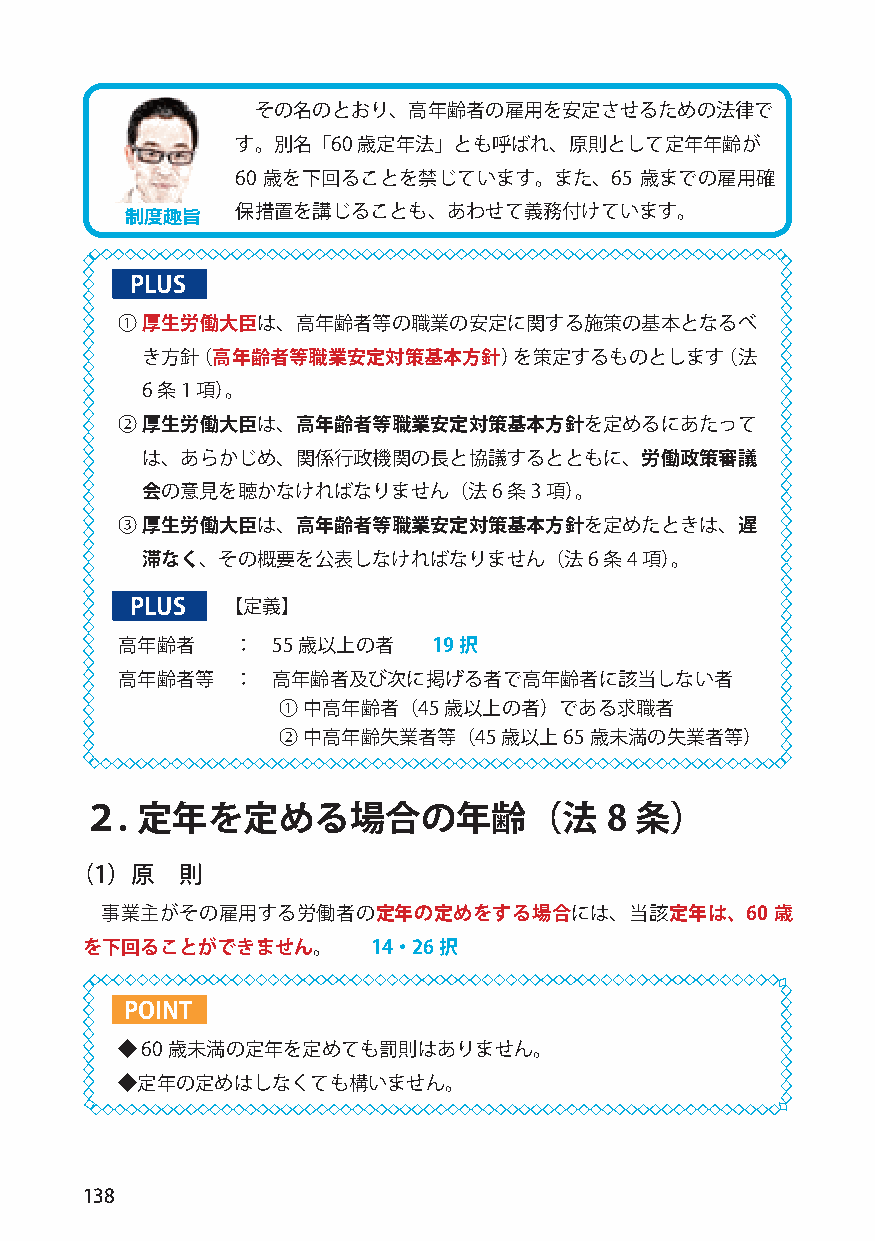
その名のとおり、高年齢者の雇用を安定させるための法律で
 す。別名「60 歳定年法」とも呼ばれ、原則として定年年齢が
 60 歳を下回ることを禁じています。また、65   歳までの雇用確
 保措置を講じることも、あわせて義務付けています。
 制度趣旨
 PLUS
 ① 厚生労働大臣は、高年齢者等の職業の安定に関する施策の基本となるべ
 き方針（高年齢者等職業安定対策基本方針）を策定するものとします（法
 6 条1 項）。
 ② 厚生労働大臣は、高年齢者等職業安定対策基本方針を定めるにあたって
 は、あらかじめ、関係行政機関の長と協議するとともに、労働政策審議
 会の意見を聴かなければなりません（法6      条3 項）。
 ③ 厚生労働大臣は、高年齢者等職業安定対策基本方針を定めたときは、遅
 滞なく、その概要を公表しなければなりません（法6       条4 項）。
 PLUS  【定義】
 高年齢者   ：  55歳以上の者    19択
 高年齢者等  ：  高年齢者及び次に掲げる者で高年齢者に該当しない者
 ① 中高年齢者（45 歳以上の者）である求職者
 ② 中高年齢失業者等（45  歳以上65 歳未満の失業者等）
 ２.  定年を定める場合の年齢（法                  8 条）
 （1）原   則
 事業主がその雇用する労働者の定年の定めをする場合には、当該定年は、60         歳
 を下回ることができません。       14・26択
 POINT
 ◆60 歳未満の定年を定めても罰則はありません。
 ◆定年の定めはしなくても構いません。
 138